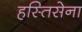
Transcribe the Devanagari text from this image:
हस्तिसेना